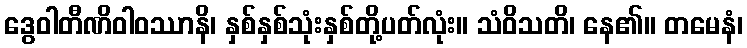
ဒွေဝါတီဏိဝါဝဿာနိ၊ နှစ်နှစ်သုံးနှစ်တို့ပတ်လုံး။ သံဝိသတိ၊ နေ၏။ တမေနံ၊